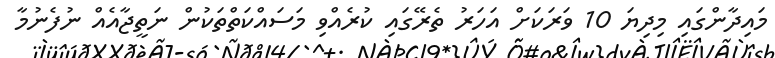
މައިދާންގައި މިދިޔަ 10 ވަރަކަށް އަހަރު ތެރޭގައި ކުރެއްވި މަސައްކަތްތަކުން ނަތީޖާއެއް ނުފެނުމާ